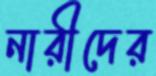
নারীদের